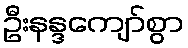
ဦးနန္ဒကျော်စွာ